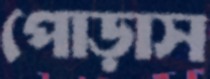
পোড়াস